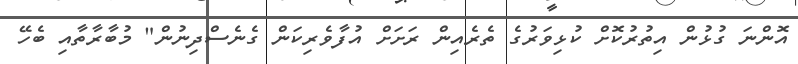
އޮންނަ ގުޅުން އިތުރުކޮށް ކުޅިވަރުގެ ތެރެއިން ރަށަށް އުފާވެރިކަން ގެނެސްދިނުން" މުބާރާތާއި ބެހޭ